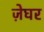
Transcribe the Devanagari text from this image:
ज़ेघर